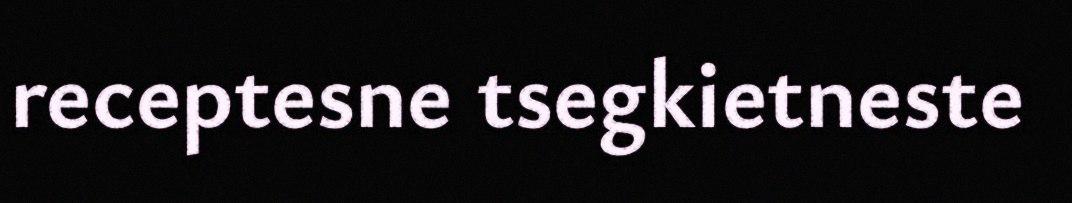
receptesne tsegkietneste